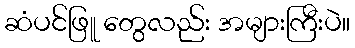
ဆံပင်ဖြူ တွေလည်း အများကြီးပဲ။